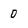
Character: 0